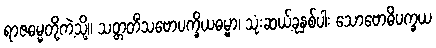
ရာဇဓမ္မတို့ကဲ့သို့။ သတ္တတိံသဗောပက္ခိယဓမ္မာ၊ သုံးဆယ့်ခုနှစ်ပါး သောဗောဓိပက္ခယ